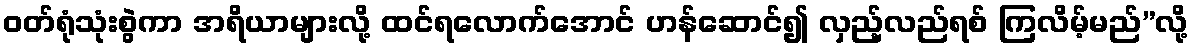
ဝတ်ရုံသုံးစွဲကာ အရိယာများလို့ ထင်ရလောက်အောင် ဟန်ဆောင်၍ လှည့်လည်ရစ် ကြလိမ့်မည်”လို့